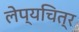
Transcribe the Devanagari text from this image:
लेप्यचित्र